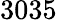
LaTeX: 3035